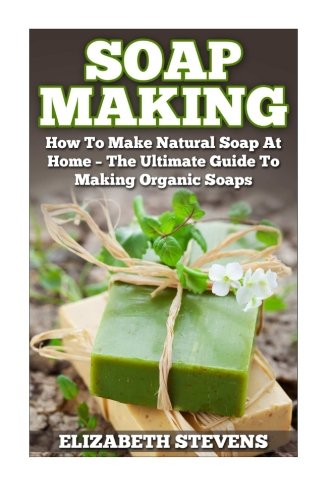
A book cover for Soap Making: How To Make Natural Soap At Home - The Ultimate Guide To Making Organic Soaps - Contains 33 Handmade Soap Recipes (Homemade Soap, Essential Oils); Elizabeth Stevens; Crafts, Hobbies & Home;